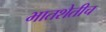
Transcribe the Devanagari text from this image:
भातशेतीच